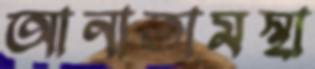
আনাতামস্থা